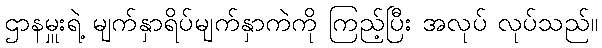
ဌာနမှူးရဲ့ မျက်နှာရိပ်မျက်နှာကဲကို ကြည့်ပြီး အလုပ် လုပ်သည်။